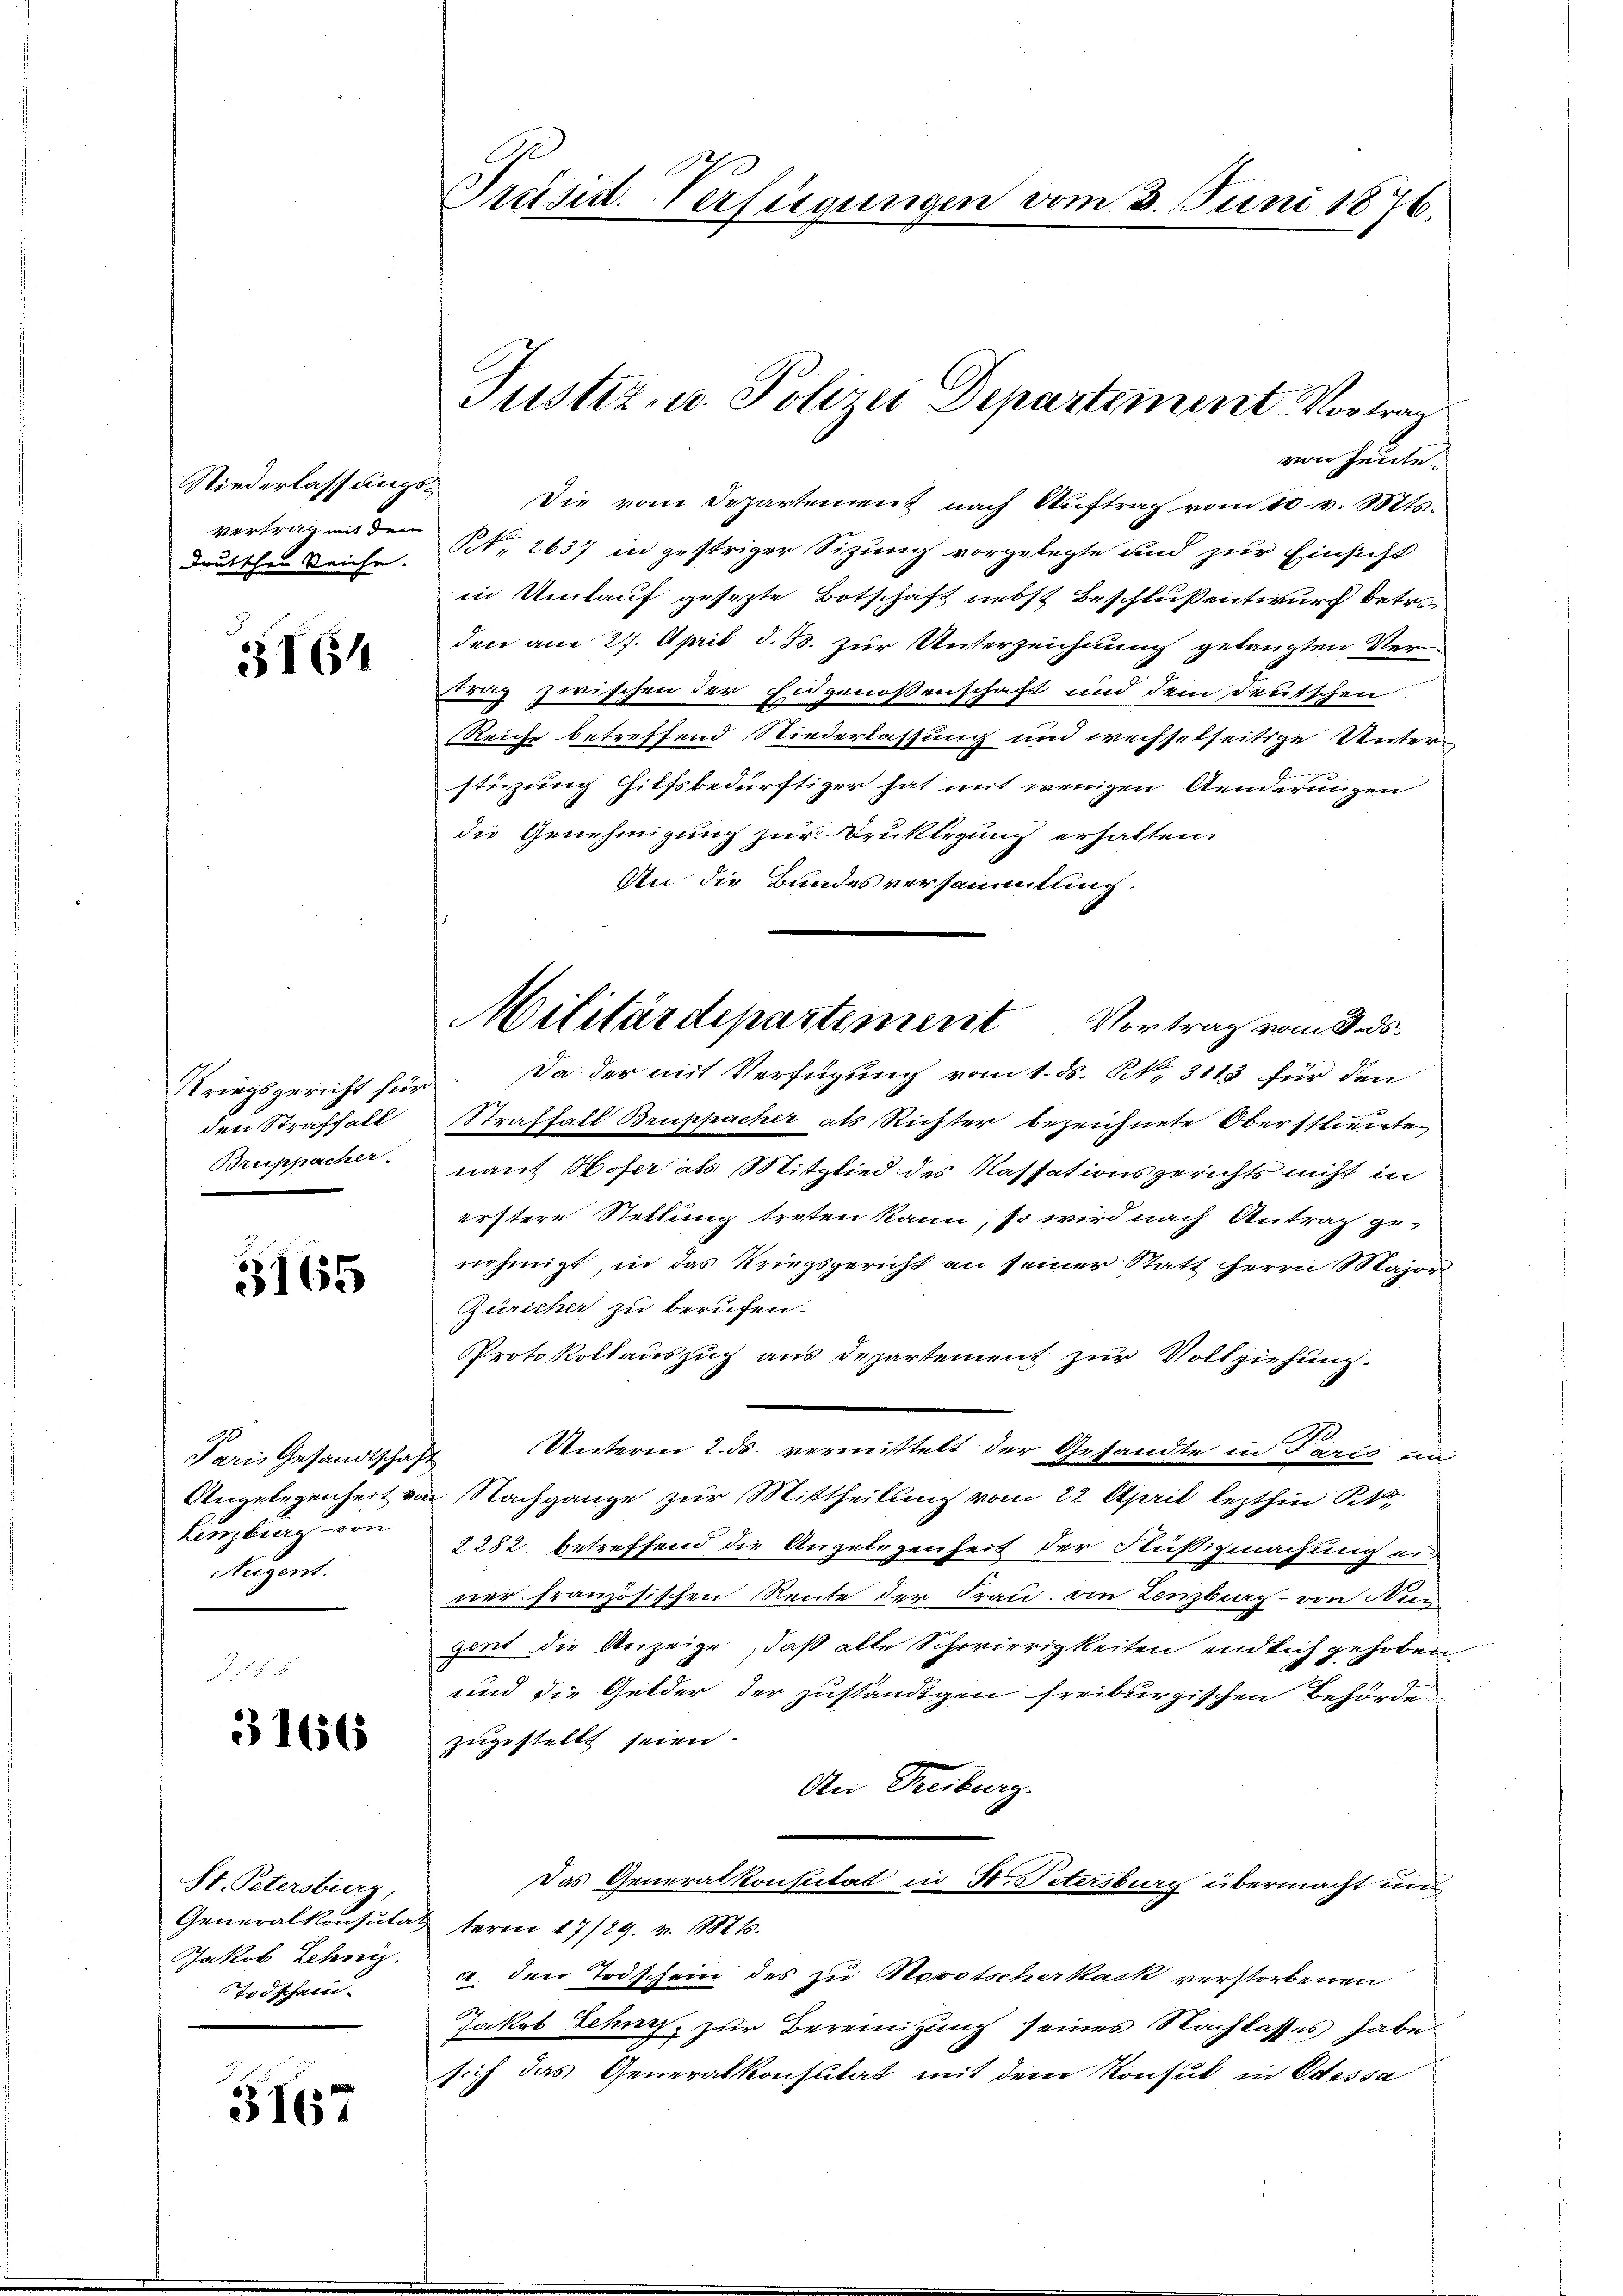
Niederlassungs¬
Vertrag mit dem
drutschen Reiche.

164

den Straffall
Bruppacher.

3165

Paris Gesandtschaft
Angelegenheit von
Lenzburg von
Nugent.

3166

St. Petersburg,
Generalkonsulat
Jakob Lehr
Todschein.

3167

Früsid. Verfügungen vom 3. Juni 1876.

Justiz- u. Polizei Departement Vortrag

von heute.
 Die vom Departement nach Auftrag vom 10. v. Mts.
Kk. 2637 in gestriger Sizung vorgelegte und zur Einsicht
in Umlauf gesezte Botschaft nebst Beschluß entwurf betr.
den am 27. April d. Js. zur Unterzeichnung gelangten Vertrag zwischen der E
idgenoßenschaft und dem deutschen
Reiche betreffend Niederlassung und wechselseitige Unter-
stüzung Hilfsbedürftiger hat mit wenigen Aenderungen
die Genehmigung zur Druklegung erhalten.
An die Bundesversammlung.
Kriegsgericht für Da der mit Verfügung vom 1. ds. N. 3113 für den
Straftalt Bruppacher als Richter bezeichnete Oberstlieute
nant Hofer als Mitglied des Kassationsgerichts nicht in
erstere Stellung treten kann, so wird nach Antrag ge-
nehmigt, in das Kriegsgericht an seiner Statt herrn Major
Züricher zu berufen.
Protokollauszug aus Departement zur Vollziehung.
Unterm 2. ds. vermittelt der Gesandte in Paris un
Nachgange zur Mittheilung vom 22. April lezthin St.
2282. betreffend die Angelegenheit der Fußigmachung ein
ner französischen Rente der Frau, von Lenzburg - von Wien
gent die Anzeige, daß alte Schwierigkeiten endlich gehoben
und die Gelder der zuständigen freiburgischen Behörde
zugestellt seien.
An Reiburg.
Das Generalkonstat in N. Petersburg übermacht anterm 17/29. v. 1881.
a. den Todschein des zu Hovotscher kask verstorbenen
Jakob Scharf, zur Bereinigung seines Nachlasses habe
sich das Generalkonsutat mit dem Konsul in Odessa

Militärdepartement Vortrag vom 3. ds.